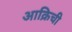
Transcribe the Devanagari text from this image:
आक्रिची